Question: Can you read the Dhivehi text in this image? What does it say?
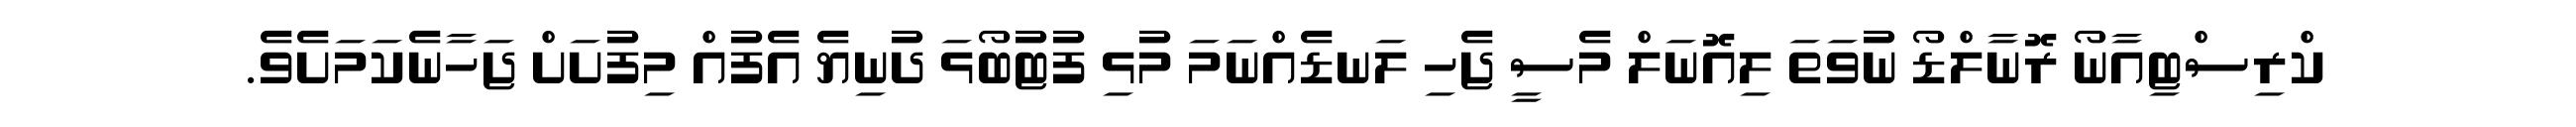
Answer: ކްރިސްޓިއާނޯ ރޮނާލްޑޯ ނުވަތަ ލިއޮނަލް މެސީ ޖެހި ލަނޑެއްނަމަ މުޅި ފުޓުބޯޅަ ދުނިޔެ އެފުއް މިފުށަށް ޖަހާނެކަމަށެވެ.